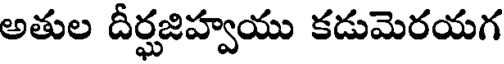
అతుల దీర్ఘజిహ్వయు కడుమెరయగ